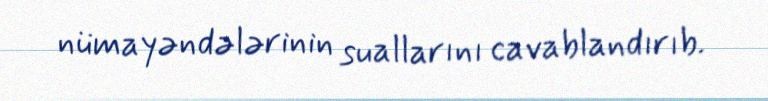
nümayəndələrinin suallarını cavablandırıb.